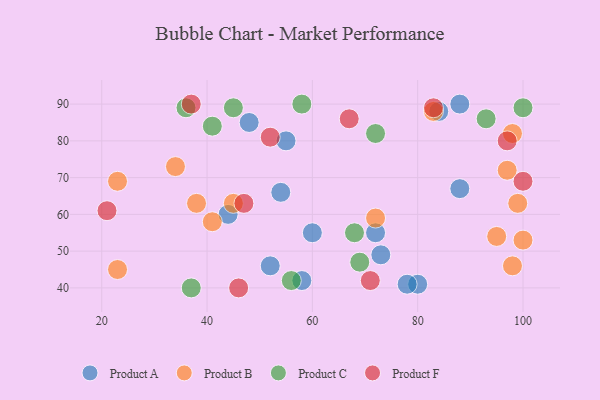
{"axis": {"x": "GDP", "y": "Life Expectancy"}, "legend": ["Product A", "Product B", "Product C", "Product F"], "data": [{"x": "84", "y": 88, "type": "Product A"}, {"x": "44", "y": 60, "type": "Product A"}, {"x": "73", "y": 49, "type": "Product A"}, {"x": "80", "y": 41, "type": "Product A"}, {"x": "88", "y": 67, "type": "Product A"}, {"x": "78", "y": 41, "type": "Product A"}, {"x": "88", "y": 90, "type": "Product A"}, {"x": "58", "y": 42, "type": "Product A"}, {"x": "55", "y": 80, "type": "Product A"}, {"x": "54", "y": 66, "type": "Product A"}, {"x": "52", "y": 46, "type": "Product A"}, {"x": "72", "y": 55, "type": "Product A"}, {"x": "48", "y": 85, "type": "Product A"}, {"x": "60", "y": 55, "type": "Product A"}, {"x": "98", "y": 46, "type": "Product B"}, {"x": "34", "y": 73, "type": "Product B"}, {"x": "100", "y": 53, "type": "Product B"}, {"x": "72", "y": 59, "type": "Product B"}, {"x": "41", "y": 58, "type": "Product B"}, {"x": "98", "y": 82, "type": "Product B"}, {"x": "97", "y": 72, "type": "Product B"}, {"x": "23", "y": 45, "type": "Product B"}, {"x": "45", "y": 63, "type": "Product B"}, {"x": "95", "y": 54, "type": "Product B"}, {"x": "23", "y": 69, "type": "Product B"}, {"x": "99", "y": 63, "type": "Product B"}, {"x": "38", "y": 63, "type": "Product B"}, {"x": "83", "y": 88, "type": "Product B"}, {"x": "37", "y": 40, "type": "Product C"}, {"x": "56", "y": 42, "type": "Product C"}, {"x": "100", "y": 89, "type": "Product C"}, {"x": "45", "y": 89, "type": "Product C"}, {"x": "93", "y": 86, "type": "Product C"}, {"x": "58", "y": 90, "type": "Product C"}, {"x": "41", "y": 84, "type": "Product C"}, {"x": "69", "y": 47, "type": "Product C"}, {"x": "36", "y": 89, "type": "Product C"}, {"x": "68", "y": 55, "type": "Product C"}, {"x": "72", "y": 82, "type": "Product C"}, {"x": "52", "y": 81, "type": "Product F"}, {"x": "46", "y": 40, "type": "Product F"}, {"x": "21", "y": 61, "type": "Product F"}, {"x": "47", "y": 63, "type": "Product F"}, {"x": "100", "y": 69, "type": "Product F"}, {"x": "97", "y": 80, "type": "Product F"}, {"x": "71", "y": 42, "type": "Product F"}, {"x": "37", "y": 90, "type": "Product F"}, {"x": "83", "y": 89, "type": "Product F"}, {"x": "67", "y": 86, "type": "Product F"}]}